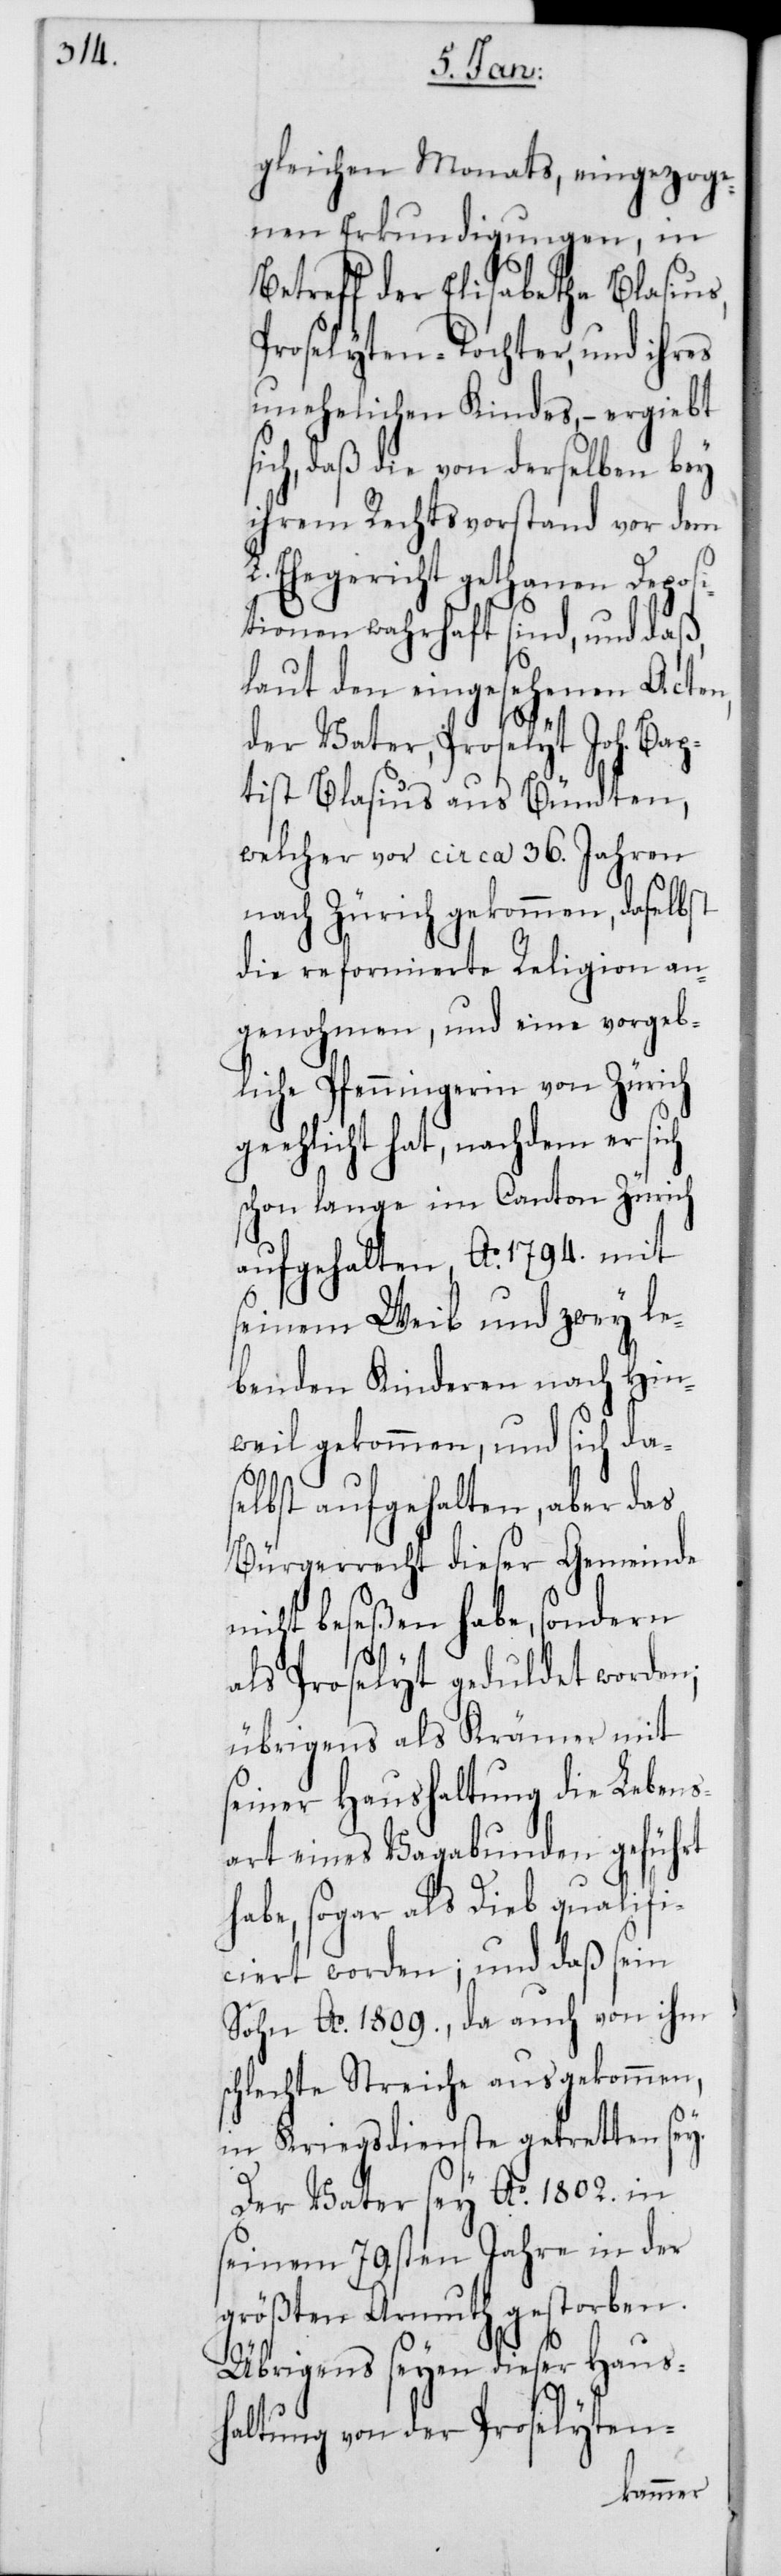
gleichen Monats, eingezoge¬
nen Erkundigungen, in
Betreff der Elisabetha Blasius,
Proselyten-Tochter, und ihres
unehelichen Kindes, – ergiebt
sich, daß die von derselben bey
ihrem Rechtsvorstand vor dem
L. Ehegericht gethanen Deposi¬
tionen wahrhaft sind, und daß,
laut den eingesehenen Acten,
der Vater, Proselyt Joh. Bap¬
tist Blasius aus Bündten,
welcher vor circa 36. Jahren
nach Zürich gekommen, daselbst
die reformierte Religion an¬
genohmen, und eine vorgeb¬
liche Pfenningerin von Zürich
geehelicht hat, nachdem er sich
schon lange im Canton Zürich
aufgehalten, Ao 1794. mit
seinem Weib und zwey le¬
benden Kinderen nach Hin¬
weil gekommen, und sich da¬
selbst aufgehalten, aber das
Bürgerrecht dieser Gemeinde
nicht beseßen habe, sondern
als Proselyt geduldet worden;
übrigens als Krämer mit
seiner Haushaltung die Lebens¬
art eines Vagabunden geführt
habe, sogar als Dieb qualifi¬
ciert worden; und daß sein
Sohn Ao 1809., da auch von ihm
schlechte Streiche ausgekommen,
in Kriegsdienste getretten sey.
Der Vater sey Ao 1802. in
seinem 79sten Jahre in der
größten Armuth gestorben.
Übrigens seyen dieser Haus¬
haltung von der Proselyten-